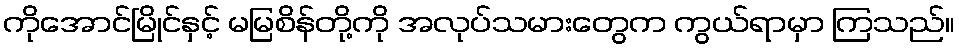
ကိုအောင်မြိုင်နှင့် မမြစိန်တို့ကို အလုပ်သမားတွေက ကွယ်ရာမှာ ကြသည်။